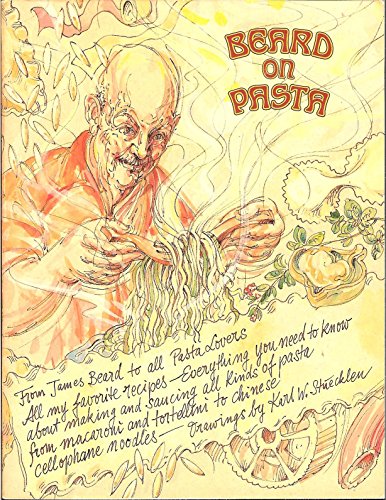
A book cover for Beard on Bread Beard on Pasta - 2 Books in Slipcase; James Beard; Cookbooks, Food & Wine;